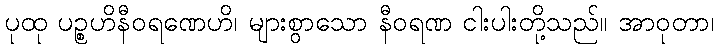
ပုထု ပဉ္စဟိနီဝရဏေဟိ၊ များစွာသော နီဝရဏ ငါးပါးတို့သည်။ အာဝုတာ၊